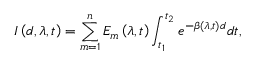
I \left( d , \lambda , t \right) = \sum _ { m = 1 } ^ { n } E _ { m } \left( \lambda , t \right) \int _ { t _ { 1 } } ^ { t _ { 2 } } e ^ { - \beta \left( \lambda , t \right) d } d t ,